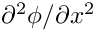
\partial ^ { 2 } \phi / \partial x ^ { 2 }